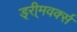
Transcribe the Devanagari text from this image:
ड्री्मवर्क्स